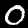
Label: 0